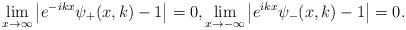
LaTeX: \begin{align*}\lim_{x\rightarrow\infty}\left|e^{-ikx}\psi_+(x,k)-1\right|=0, \lim_{x\rightarrow-\infty}\left|e^{ikx}\psi_-(x,k)-1\right|=0. \end{align*}